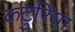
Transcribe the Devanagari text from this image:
कटुरिया